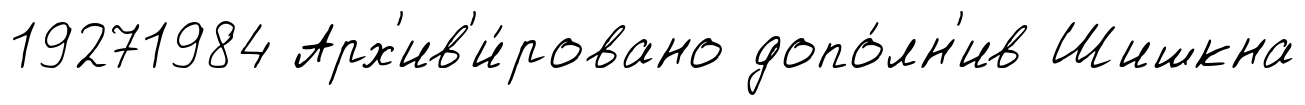
19271984 Арх'ив'и́ровано допо́лн'ив Шишкна